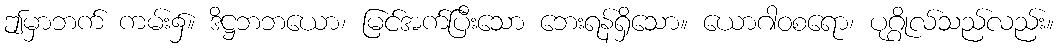
ဤမှာဘက် ကမ်း၌။ ဒိဋ္ဌဘဘယော၊ မြင်အက်ပြီးသော ဘေးရန်ရှိသော။ ယောဂါဝစရော၊ ပုဂ္ဂိုလ်သည်လည်း။